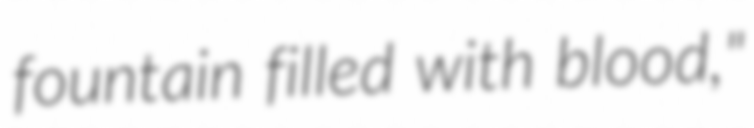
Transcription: fountain filled with blood,"